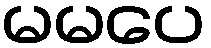
မမပေ